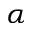
\alpha